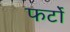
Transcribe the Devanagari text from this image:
फर्टो